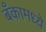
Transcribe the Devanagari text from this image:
बँकामध्ये